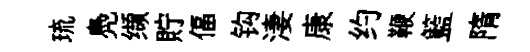
琉鳧缬貯偪钩淒康约鞭籃隋